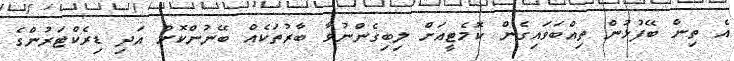
އެ ތިން ބޭފުޅުން ތިއްބަވައިގެން ކޮމެޓީއަށް ލިބިގެންނުވާ ބާރުތަކެއް ބޭނުންކޮށް އަދި ޑިރެކްޓަރުންގެ